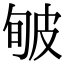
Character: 𤿟